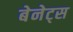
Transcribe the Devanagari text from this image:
बेनेट्स